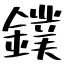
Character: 鏷